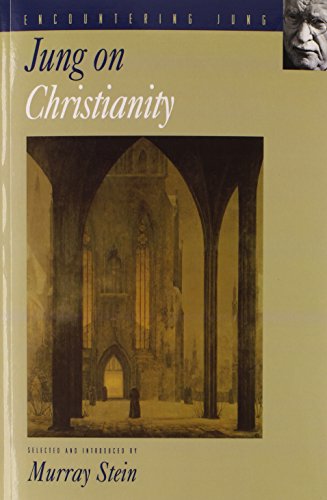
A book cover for Jung on Christianity (Encountering Jung); C. G. Jung; Religion & Spirituality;